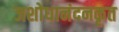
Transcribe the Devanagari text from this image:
जशोधानंदनकृत